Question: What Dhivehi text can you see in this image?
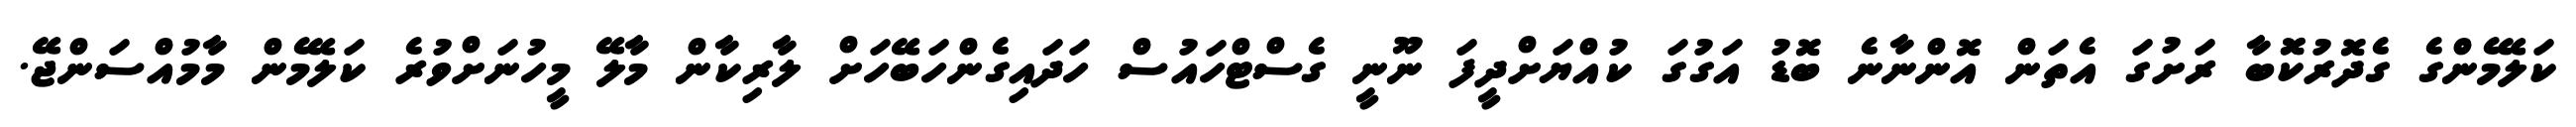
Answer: ކަލޭމެންގެ ގެދޮރުކޮޮބާ ރަށުގަ އެތަން އޮންނާނެ ބޮޑު އަގުގަ ކުއްޔަށްދީފަ ނޫނީ ގެސްޓްހައުސް ހަދައިގެންހަބޭހަށް ލާރިކާން މާލޭ މީހުނަށްވުރެ ކަލޭމެން މާމުއްސަންޖޭ.